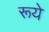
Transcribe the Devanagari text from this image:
रूये